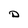
Character: 0